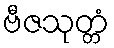
ဗီဇသုတ္တံ